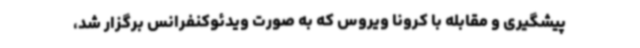
پیشگیری و مقابله با کرونا ویروس که به صورت ویدئوکنفرانس برگزار شد،